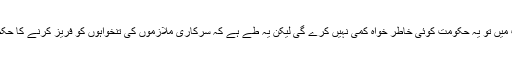
غیرپیداواری اور دفاعی اخراجات میں تو یہ حکومت کوئی خاطر خواہ کمی نہیں کرے گی لیکن یہ طے ہے کہ سرکاری ملازموں کی تنخواہوں کو فریز کرنے کا حکم فوری طور پر مان لیا جائے گا۔